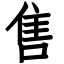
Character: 售